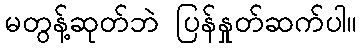
မတွန့်ဆုတ်ဘဲ ပြန်နှုတ်ဆက်ပါ။